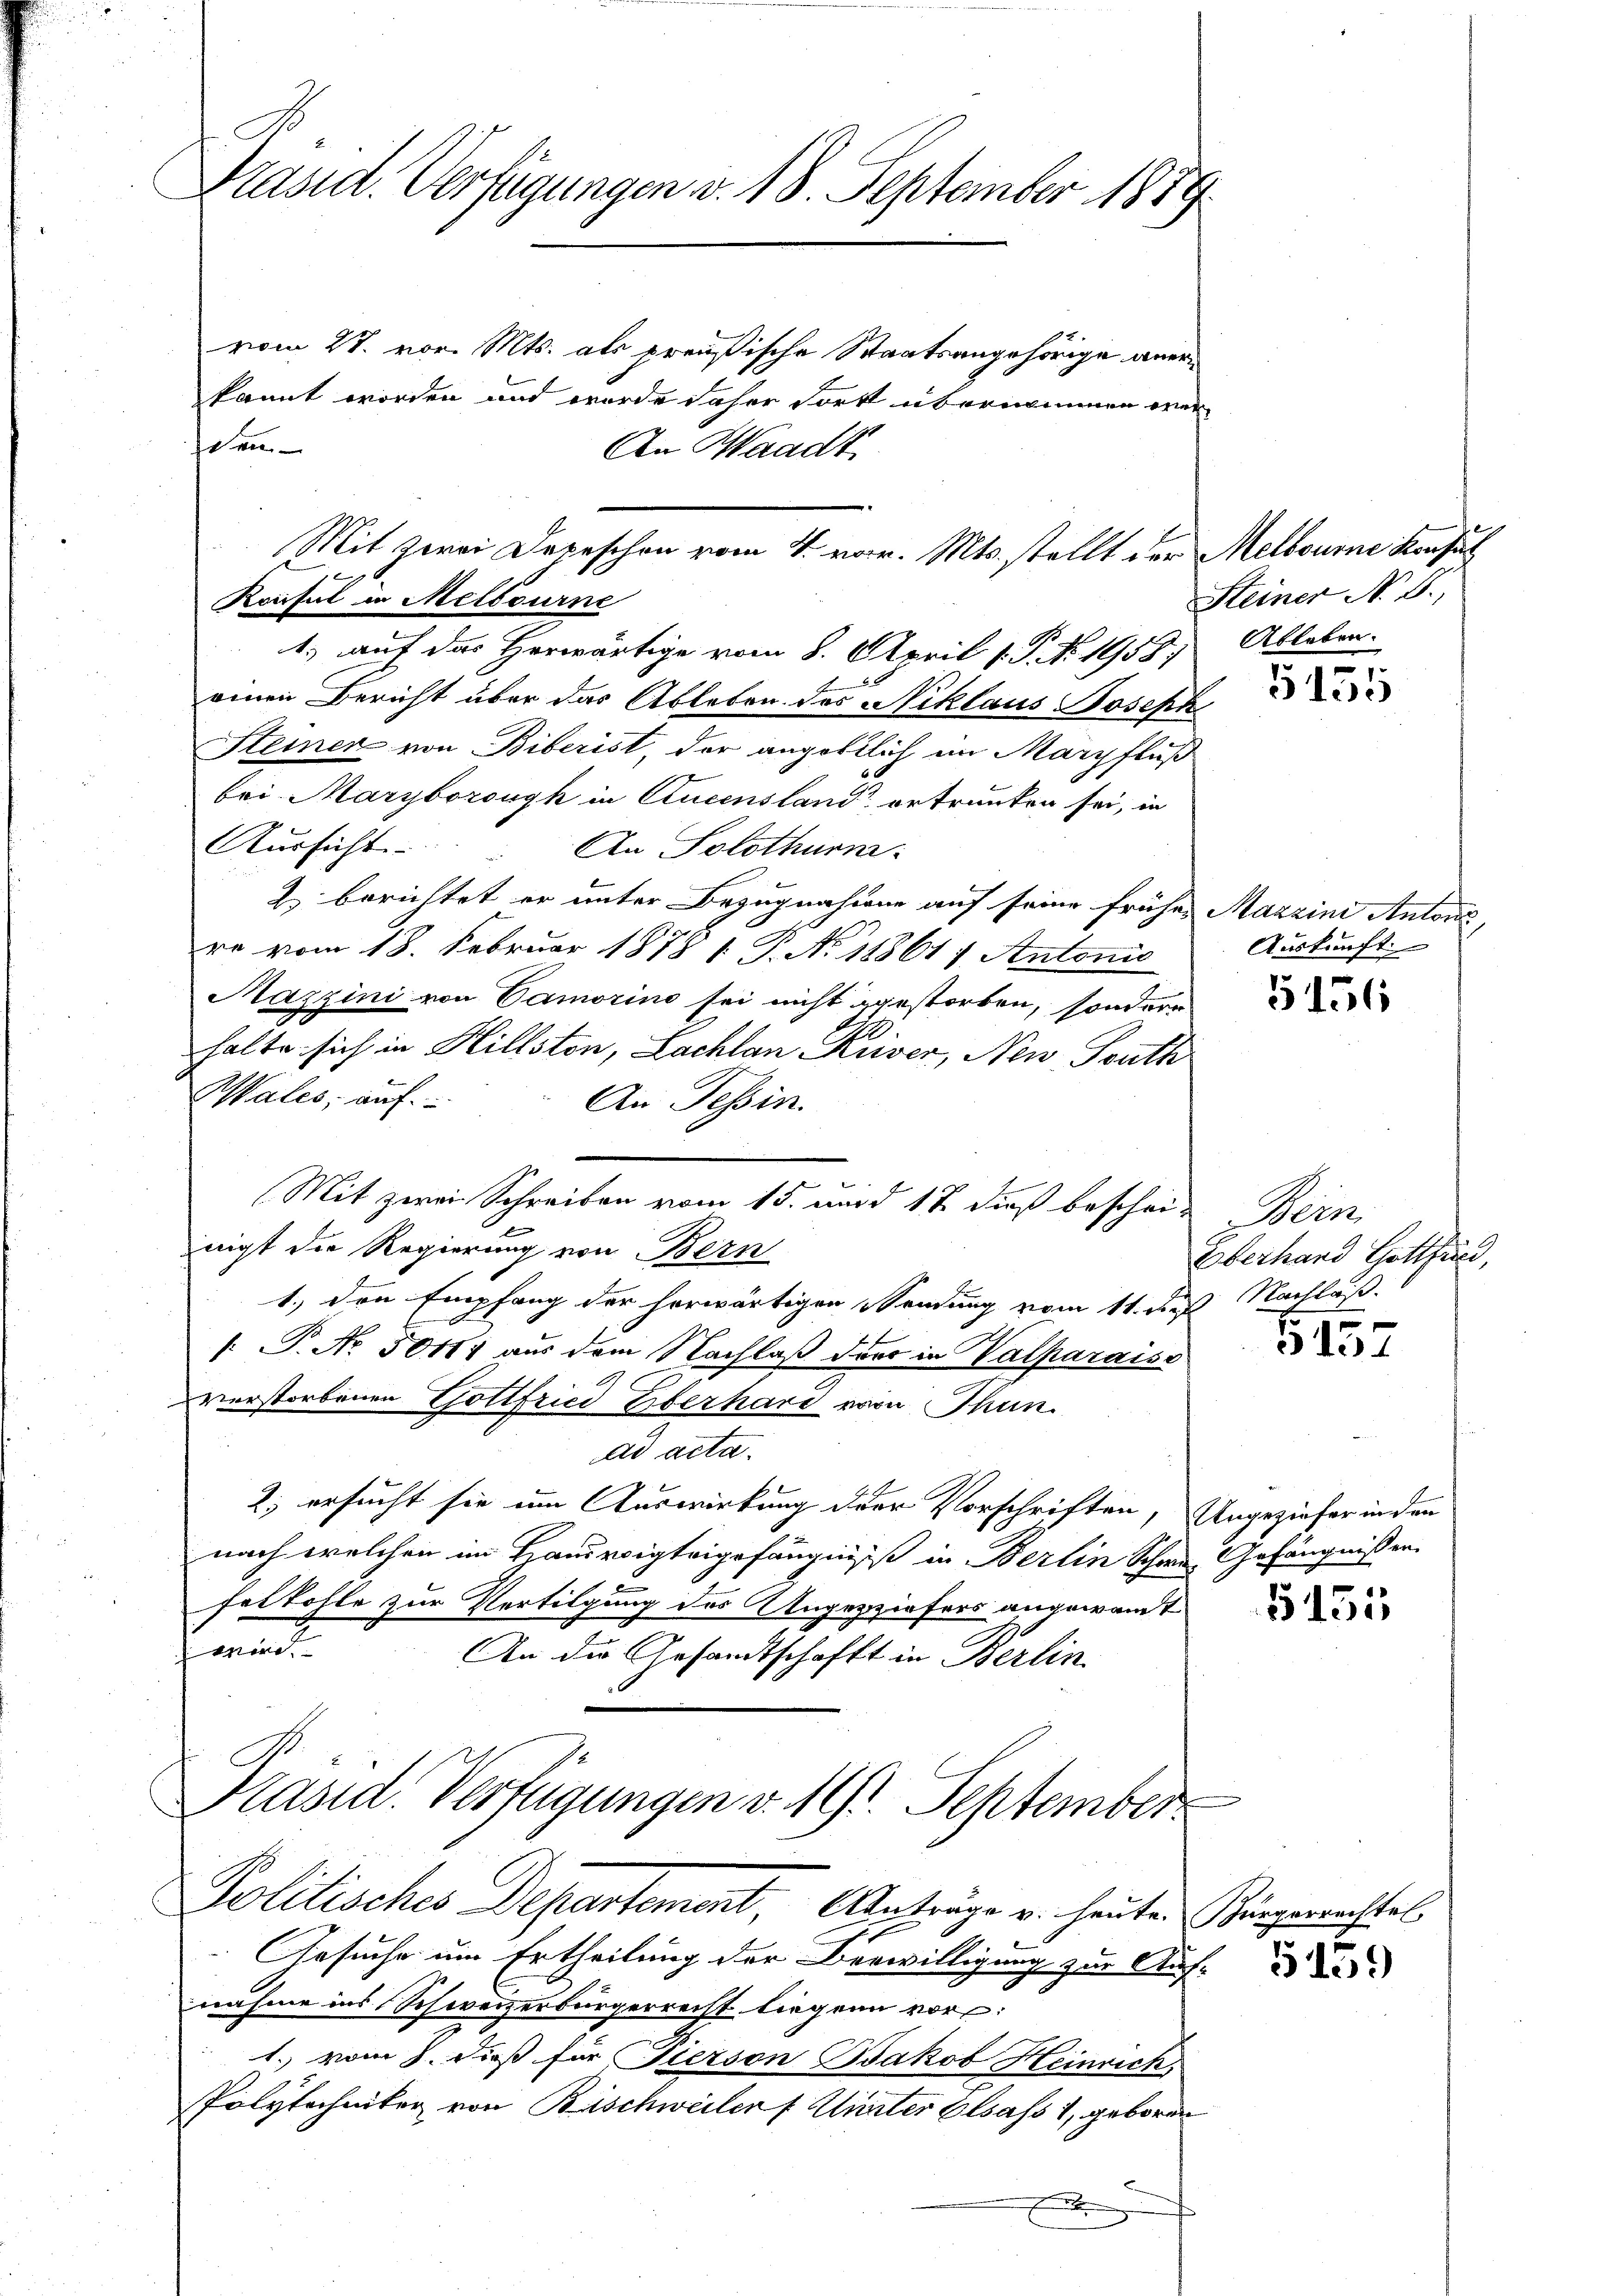
Präsid. Verfügungen v. 18. September 1889.

vom 27. vor. Mts. als preußische Staatsangehörige anerkannt worden und wurde daher Fortt übernommen werschen
An Waadt
1. auf das Herwärtige vom 8. April 1. P. No. 1958;
einen Bericht über das Ableben des Niklaus Hosenk
Steiner von Biberist, der angöttlich im Margfluß
bei Maryborough in Cucensland ertrunken sei, in
Aussicht. An Solothurn.
2) berichtet er unter Bezugnahmen auf seine frühes Mazzini Antons,
re vom 18. Februar 1878 1. P. No 11861, Antonio
Mazzini von Camorino sei nicht gestorben, sondern
halte sich in Hillston, Lachlan Kriser, Neu-South
Wales, auf
An Tessin.
Mit zwei Schreiben vom 15. und 12 dieß beschei-
nigt die Regierung von Bern
1.) Den Empfang der herwärtigen Sendung vom 11. dieß Nachläß
 P. Nr. 50117 aus dem Nachlaß der in Valparaiss
verstorbenen Gottfried Überhard von Thun.
ad acta.
2) ersucht sie um Auswirkung der Vorschriften, Ungezieher in den
nach welchen im Hauswigteigefängniss in Berlin Schwere Gefängnissen.
felkohle zur Vertilgung des Ungezziehers angewandt
mnen,
An die Gesandtschaft in Berlin.
Präsid. Verfügungen v. 1. September

Konsul in Melbourne

Mit zwei Depeschon vom 4. vor. Mts. stellt der Melbourne Konsu

Politisches Departement, Anträge u. heute Zingerrechtel

Gesuche um Ertheilung der Verwilligung zur Auf-
nahme ins Schweizerbürgerrecht liegen vor
1. vom 8. dieß für Person Jakob Heinrich,
Polytechniker von Bischweiler Unter Elsass 1, geboren
.

Steiner N. B.,
Ableben.

5
5150

Auskunft.

5156

Weis
Eberhard Gotthard,

5157

G151

159